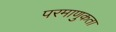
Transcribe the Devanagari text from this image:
परमाणुकता